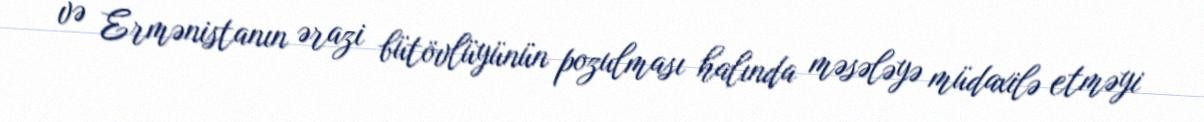
və Ermənistanın ərazi bütövlüyünün pozulması halında məsələyə müdaxilə etməyi